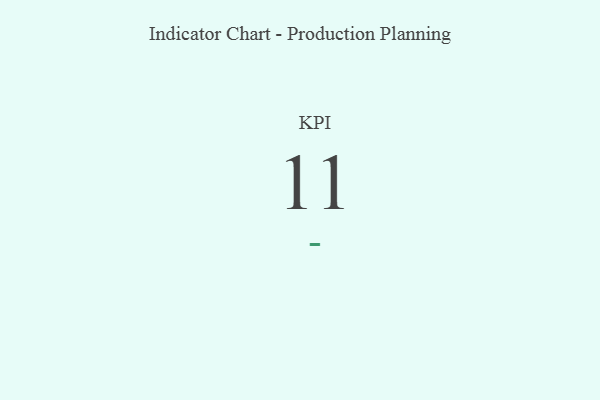
{"axis": {"x": "KPI", "y": "Value"}, "legend": [""], "data": [{"x": "KPI", "y": 11, "type": ""}]}